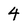
Character: 4